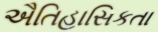
ઐતિહાસિકતા